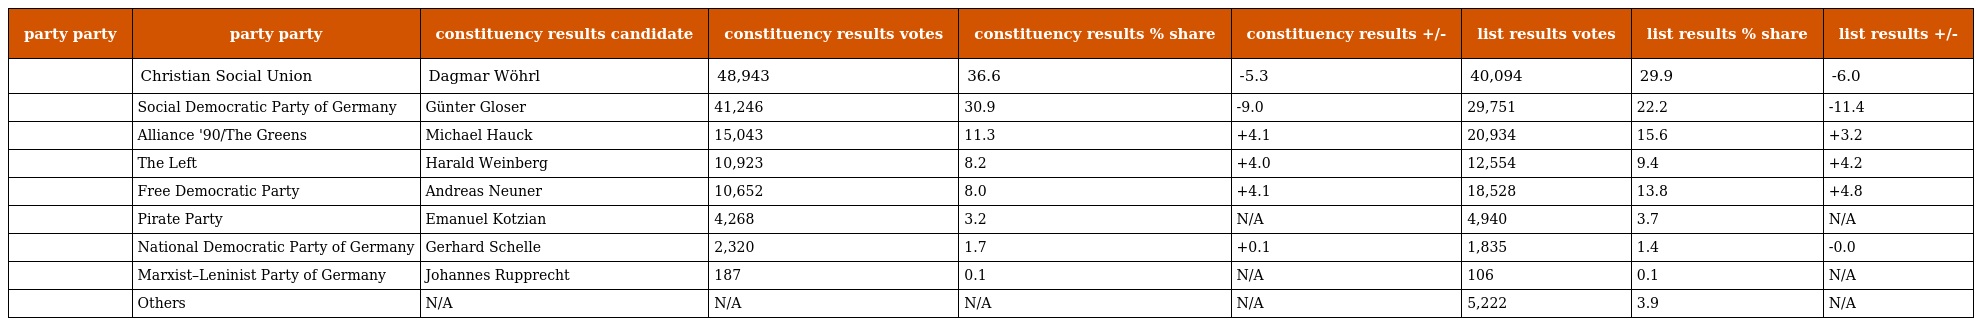
| party party | party party | constituency results candidate | constituency results votes | constituency results % share | constituency results +/- | list results votes | list results % share | list results +/- |
 | --- | --- | --- | --- | --- | --- | --- | --- | --- |
 |  | Christian Social Union | Dagmar Wöhrl | 48,943 | 36.6 | -5.3 | 40,094 | 29.9 | -6.0 |
 |  | Social Democratic Party of Germany | Günter Gloser | 41,246 | 30.9 | -9.0 | 29,751 | 22.2 | -11.4 |
 |  | Alliance '90/The Greens | Michael Hauck | 15,043 | 11.3 | +4.1 | 20,934 | 15.6 | +3.2 |
 |  | The Left | Harald Weinberg | 10,923 | 8.2 | +4.0 | 12,554 | 9.4 | +4.2 |
 |  | Free Democratic Party | Andreas Neuner | 10,652 | 8.0 | +4.1 | 18,528 | 13.8 | +4.8 |
 |  | Pirate Party | Emanuel Kotzian | 4,268 | 3.2 | N/A | 4,940 | 3.7 | N/A |
 |  | National Democratic Party of Germany | Gerhard Schelle | 2,320 | 1.7 | +0.1 | 1,835 | 1.4 | -0.0 |
 |  | Marxist–Leninist Party of Germany | Johannes Rupprecht | 187 | 0.1 | N/A | 106 | 0.1 | N/A |
 |  | Others | N/A | N/A | N/A | N/A | 5,222 | 3.9 | N/A |